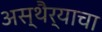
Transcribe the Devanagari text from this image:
अस्थैर्याचा